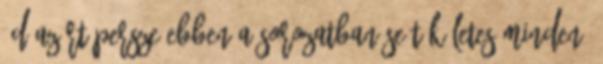
:D Azért persze ebben a sorozatban se tökéletes minden.